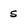
Character: s